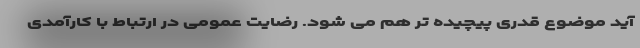
آید موضوع قدری پیچیده تر هم می شود. رضایت عمومی در ارتباط با کارآمدی